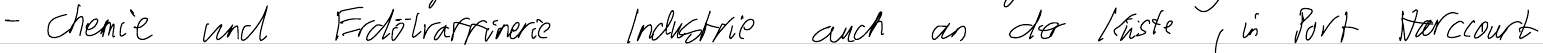
- Chemie und Erdölraffinerie Industrie auch an der Küste, in Port Harccourt